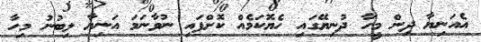
އެއަނިޔާ ދިން މީހާ ދުނިޔޭގައި ހެޔޮކަމެއް ކޮށްފައި ނުވާނަމަ އަނިޔާ ލިބުނު މިހާ